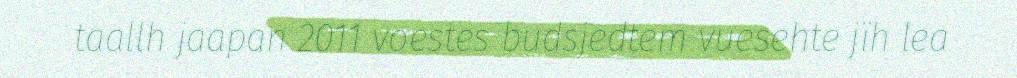
taallh jaapan 2011 voestes budsjedtem vuesehte jïh lea